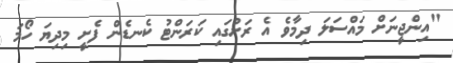
"އިންޖީނަށް މައްސަލަ ދިމާވެ އެ ރަށުގައި ކަރަންޓު ކެނޑެން ފެށީ މިދިޔަ ހޯމަ